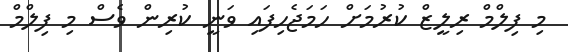
މި ފިލްމް ރިލީޒް ކުރުމަށް ހަމަޖެހިފައި ވަނީ ކުރިން ވެސް މި ފިލްމް